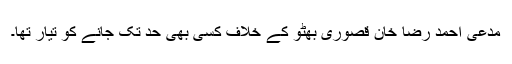
مدعی احمد رضا خان قصوری بھٹو کے خلاف کسی بھی حد تک جانے کو تیار تھا۔